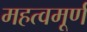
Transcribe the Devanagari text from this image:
महत्वमूर्ण